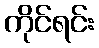
ကိုင်ရင်း